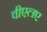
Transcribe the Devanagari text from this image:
वीएलए